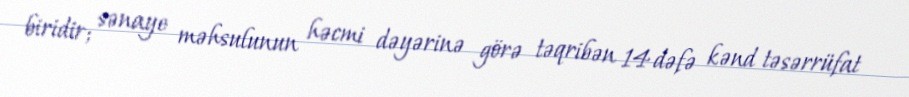
biridir; sənaye məhsulunun həcmi dəyərinə görə təqribən 14 dəfə kənd təsərrüfat